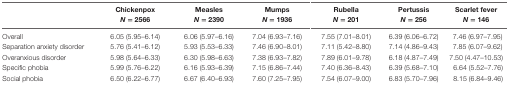
|  | Chickenpox N = 2566 | Measles N = 2390 | Mumps N = 1936 | Rubella N = 201 | Pertussis N = 256 | Scarlet fever N = 146 |
 | --- | --- | --- | --- | --- | --- | --- |
 | Overall | 6.05 (5.95–6.14) | 6.06 (5.97–6.16) | 7.04 (6.93–7.16) | 7.55 (7.01–8.01) | 6.39 (6.06–6.72) | 7.46 (6.97–7.95) |
 | Separation anxiety disorder | 5.76 (5.41–6.12) | 5.93 (5.53–6.33) | 7.46 (6.90–8.01) | 7.11 (5.42–8.80) | 7.14 (4.86–9.43) | 7.85 (6.07–9.62) |
 | Overanxious disorder | 5.98 (5.64–6.33) | 6.30 (5.98–6.63) | 7.38 (6.93–7.82) | 7.89 (6.01–9.78) | 6.18 (4.87–7.49) | 7.50 (4.47–10.53) |
 | Specific phobia | 5.99 (5.76–6.22) | 6.16 (5.93–6.39) | 7.15 (6.86–7.44) | 7.40 (6.36–8.43) | 6.39 (5.68–7.10) | 6.64 (5.52–7.76) |
 | Social phobia | 6.50 (6.22–6.77) | 6.67 (6.40–6.93) | 7.60 (7.25–7.95) | 7.54 (6.07–9.00) | 6.83 (5.70–7.96) | 8.15 (6.84–9.46) |